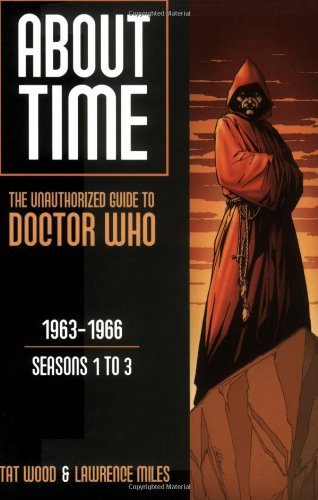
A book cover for About Time 1: The Unauthorized Guide to Doctor Who (Seasons 1 to 3) (About Time; The Unauthorized Guide to Dr. Who (Mad Norwegian Press)); Tat Wood; Humor & Entertainment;